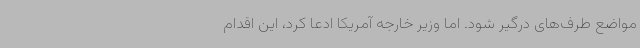
مواضع طرف‌های درگیر شود. اما وزیر خارجه آمریکا ادعا کرد، این اقدام